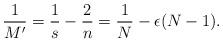
LaTeX: \begin{align*}\frac{1}{M'} = \frac{1}{s}-\frac{2}{n} = \frac{1}{N} - \epsilon (N-1).\end{align*}